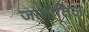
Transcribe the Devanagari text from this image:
जातीतिल